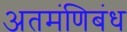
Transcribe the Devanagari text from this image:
अतमंणिबंध